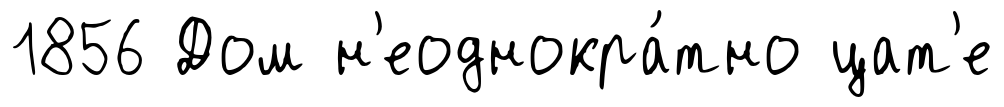
1856 Дом н'еоднокра́тно цат'е